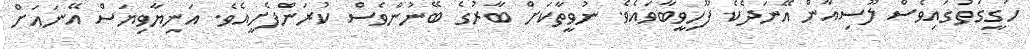
ހަގީގަތުގައިވެސް ލޫސިއާން އޭނަދެކެ ފޫހިވީބާވައެވެ. ނުވީތާކަށް ބާރުގެ ބޭނުންވެސް ކުރަންފެށީއެވެ. އަނިޔާވިޔަސް އޭނައަށް